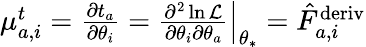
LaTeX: \begin{array}{r}{{\mu}_{a,i}^{t}=\frac{\partial t_{a}}{\partial\theta_{i}}=\left.\frac{\partial^{2}\ln\mathcal{L}}{\partial\theta_{i}\partial\theta_{a}}\right\vert_{\theta_{*}}=\hat{F}_{a,i}^{\mathrm{deriv}}}\end{array}